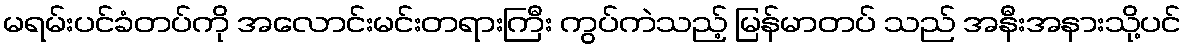
မရမ်းပင်ခံတပ်ကို အလောင်းမင်းတရားကြီး ကွပ်ကဲသည့် မြန်မာတပ် သည် အနီးအနားသို့ပင်